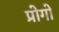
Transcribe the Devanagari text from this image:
प्रोगो